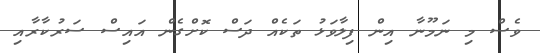
ވެސް މި ނަމޫނާ އިން ފިލާވަޅު ތަކެއް ދަސް ކޮށްގެން އައިސް ސަރުކާރާއި